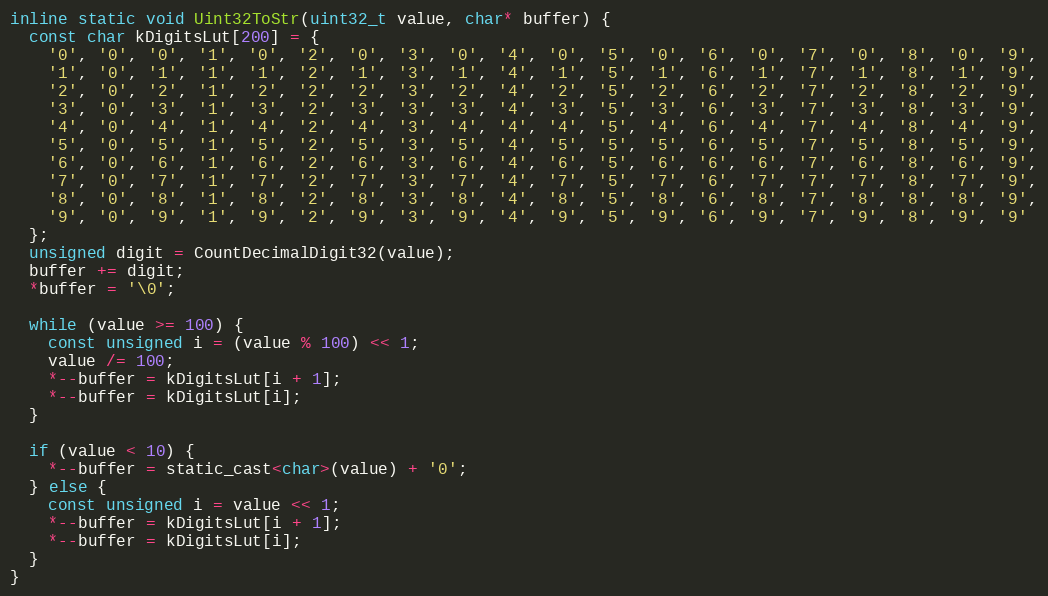
Language: C
inline static void Uint32ToStr(uint32_t value, char* buffer) {
  const char kDigitsLut[200] = {
    '0', '0', '0', '1', '0', '2', '0', '3', '0', '4', '0', '5', '0', '6', '0', '7', '0', '8', '0', '9',
    '1', '0', '1', '1', '1', '2', '1', '3', '1', '4', '1', '5', '1', '6', '1', '7', '1', '8', '1', '9',
    '2', '0', '2', '1', '2', '2', '2', '3', '2', '4', '2', '5', '2', '6', '2', '7', '2', '8', '2', '9',
    '3', '0', '3', '1', '3', '2', '3', '3', '3', '4', '3', '5', '3', '6', '3', '7', '3', '8', '3', '9',
    '4', '0', '4', '1', '4', '2', '4', '3', '4', '4', '4', '5', '4', '6', '4', '7', '4', '8', '4', '9',
    '5', '0', '5', '1', '5', '2', '5', '3', '5', '4', '5', '5', '5', '6', '5', '7', '5', '8', '5', '9',
    '6', '0', '6', '1', '6', '2', '6', '3', '6', '4', '6', '5', '6', '6', '6', '7', '6', '8', '6', '9',
    '7', '0', '7', '1', '7', '2', '7', '3', '7', '4', '7', '5', '7', '6', '7', '7', '7', '8', '7', '9',
    '8', '0', '8', '1', '8', '2', '8', '3', '8', '4', '8', '5', '8', '6', '8', '7', '8', '8', '8', '9',
    '9', '0', '9', '1', '9', '2', '9', '3', '9', '4', '9', '5', '9', '6', '9', '7', '9', '8', '9', '9'
  };
  unsigned digit = CountDecimalDigit32(value);
  buffer += digit;
  *buffer = '\0';

  while (value >= 100) {
    const unsigned i = (value % 100) << 1;
    value /= 100;
    *--buffer = kDigitsLut[i + 1];
    *--buffer = kDigitsLut[i];
  }

  if (value < 10) {
    *--buffer = static_cast<char>(value) + '0';
  } else {
    const unsigned i = value << 1;
    *--buffer = kDigitsLut[i + 1];
    *--buffer = kDigitsLut[i];
  }
}